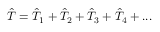
\hat { T } = \hat { T } _ { 1 } + \hat { T } _ { 2 } + \hat { T } _ { 3 } + \hat { T } _ { 4 } + . . .